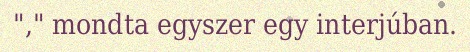
"," mondta egyszer egy interjúban.